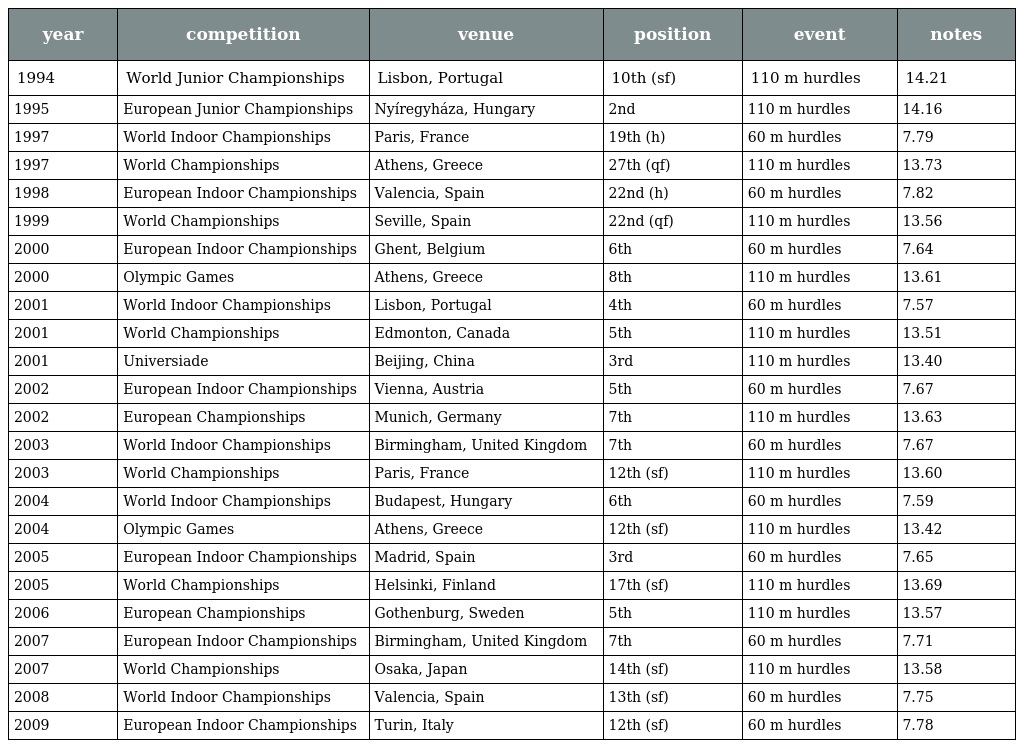
| year | competition | venue | position | event | notes |
 | --- | --- | --- | --- | --- | --- |
 | 1994 | World Junior Championships | Lisbon, Portugal | 10th (sf) | 110 m hurdles | 14.21 |
 | 1995 | European Junior Championships | Nyíregyháza, Hungary | 2nd | 110 m hurdles | 14.16 |
 | 1997 | World Indoor Championships | Paris, France | 19th (h) | 60 m hurdles | 7.79 |
 | 1997 | World Championships | Athens, Greece | 27th (qf) | 110 m hurdles | 13.73 |
 | 1998 | European Indoor Championships | Valencia, Spain | 22nd (h) | 60 m hurdles | 7.82 |
 | 1999 | World Championships | Seville, Spain | 22nd (qf) | 110 m hurdles | 13.56 |
 | 2000 | European Indoor Championships | Ghent, Belgium | 6th | 60 m hurdles | 7.64 |
 | 2000 | Olympic Games | Athens, Greece | 8th | 110 m hurdles | 13.61 |
 | 2001 | World Indoor Championships | Lisbon, Portugal | 4th | 60 m hurdles | 7.57 |
 | 2001 | World Championships | Edmonton, Canada | 5th | 110 m hurdles | 13.51 |
 | 2001 | Universiade | Beijing, China | 3rd | 110 m hurdles | 13.40 |
 | 2002 | European Indoor Championships | Vienna, Austria | 5th | 60 m hurdles | 7.67 |
 | 2002 | European Championships | Munich, Germany | 7th | 110 m hurdles | 13.63 |
 | 2003 | World Indoor Championships | Birmingham, United Kingdom | 7th | 60 m hurdles | 7.67 |
 | 2003 | World Championships | Paris, France | 12th (sf) | 110 m hurdles | 13.60 |
 | 2004 | World Indoor Championships | Budapest, Hungary | 6th | 60 m hurdles | 7.59 |
 | 2004 | Olympic Games | Athens, Greece | 12th (sf) | 110 m hurdles | 13.42 |
 | 2005 | European Indoor Championships | Madrid, Spain | 3rd | 60 m hurdles | 7.65 |
 | 2005 | World Championships | Helsinki, Finland | 17th (sf) | 110 m hurdles | 13.69 |
 | 2006 | European Championships | Gothenburg, Sweden | 5th | 110 m hurdles | 13.57 |
 | 2007 | European Indoor Championships | Birmingham, United Kingdom | 7th | 60 m hurdles | 7.71 |
 | 2007 | World Championships | Osaka, Japan | 14th (sf) | 110 m hurdles | 13.58 |
 | 2008 | World Indoor Championships | Valencia, Spain | 13th (sf) | 60 m hurdles | 7.75 |
 | 2009 | European Indoor Championships | Turin, Italy | 12th (sf) | 60 m hurdles | 7.78 |